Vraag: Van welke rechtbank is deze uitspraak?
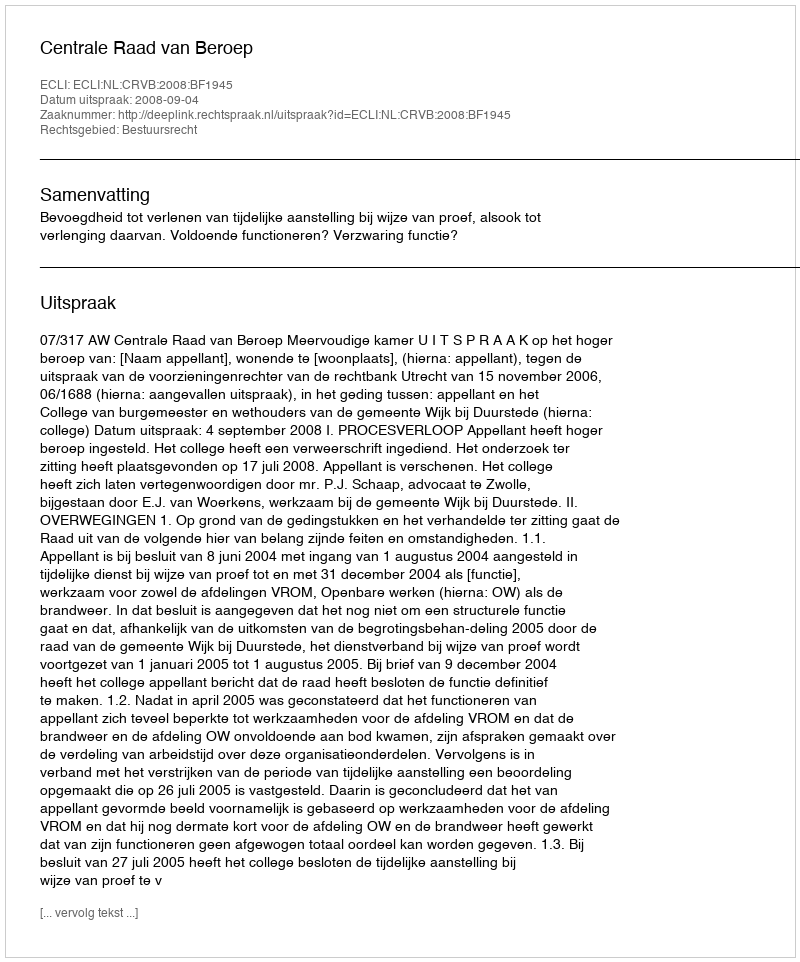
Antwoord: Centrale Raad van Beroep